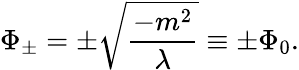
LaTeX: \Phi_{\pm}=\pm\sqrt{\frac{-m^{2}}{\lambda}}\equiv\pm\Phi_{0}.